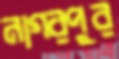
নাগরপুর